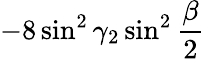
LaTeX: -8\sin^{2}\gamma_{2}\sin^{2}\frac{\beta}{2}